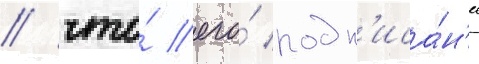
/ что́ его́ подп'иса́н'ие